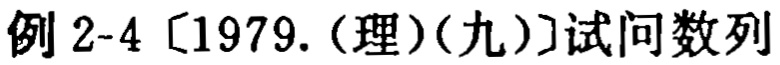
例 2-4 [1979. (理)(九)]试问数列